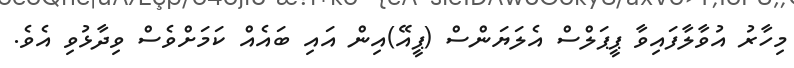
މިހާރު އުވާލާފައިވާ ޕީޕަލްސް އެލަޔަންސް (ޕީއޭ)އިން އައި ބައެއް ކަމަށްވެސް ވިދާޅުވި އެވެ.